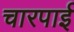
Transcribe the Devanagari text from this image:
चारपार्इ